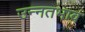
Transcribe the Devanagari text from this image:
उन्नतभाव